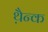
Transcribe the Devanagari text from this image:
थ़ैन्क